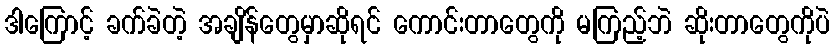
ဒါကြောင့် ခက်ခဲတဲ့ အချိန်တွေမှာဆိုရင် ကောင်းတာတွေကို မကြည့်ဘဲ ဆိုးတာတွေကိုပဲ